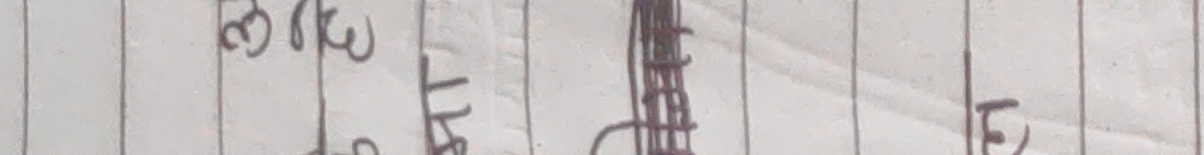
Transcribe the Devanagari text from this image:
३ १ F